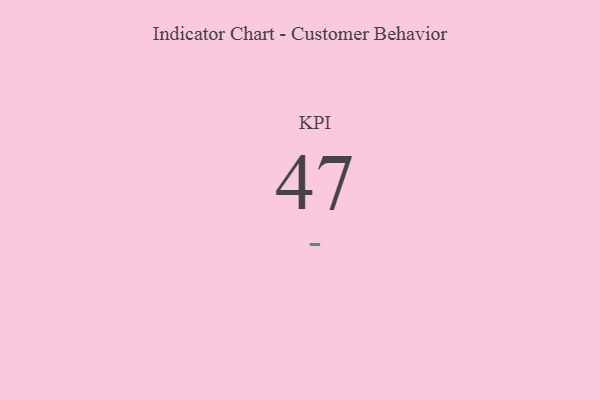
{"axis": {"x": "KPI", "y": "Value"}, "legend": [""], "data": [{"x": "KPI", "y": 47, "type": ""}]}